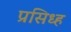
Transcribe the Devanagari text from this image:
प्रसिध्ह